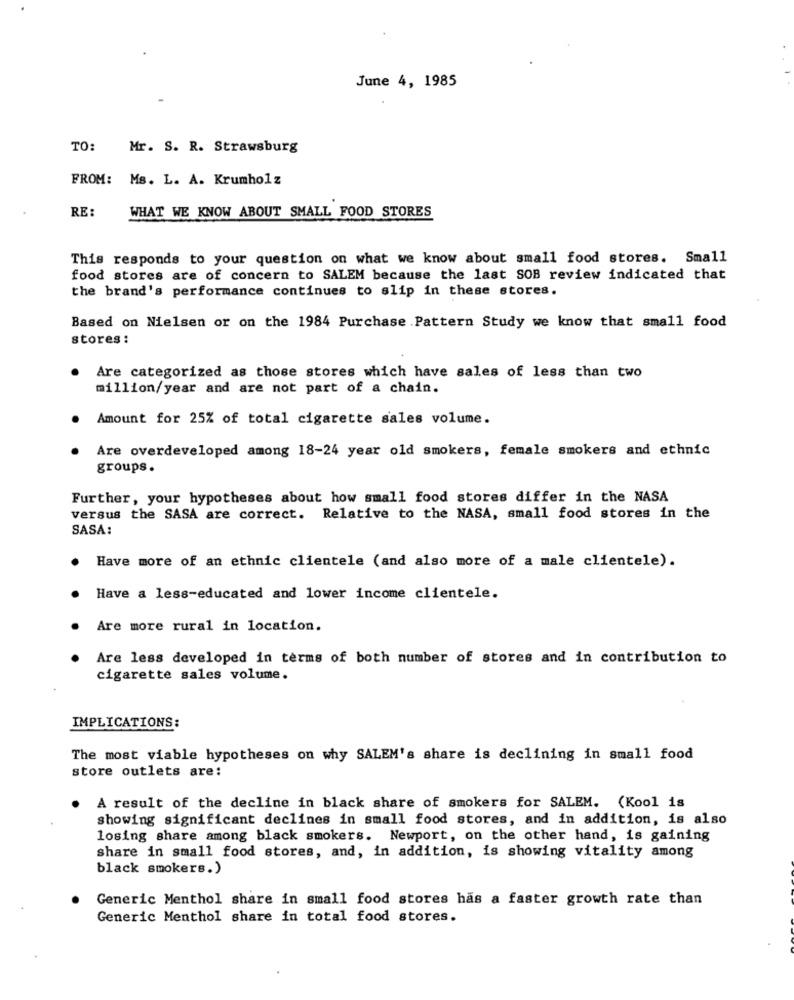
June 4, 1985
TO:
Mr. S. R. Strawsburg
FROM: Ms. L. A. Krumholz
RE:
WHAT WE KNOW ABOUT SMALL FOOD STORES
This responds to your question on what we know about small food stores. Small
food stores are of concern to SALEM because the last SOB review indicated that
the brand's performance continues to slip in these stores.
Based on Nielsen or on the 1984 Purchase Pattern Study we know that small food
stores :
Are categorized as those stores which have sales of less than two
million/year and are not part of a chain.
. Amount for 25% of total cigarette sales volume.
. Are overdeveloped among 18-24 year old smokers, female smokers and ethnic
groups.
Further, your hypotheses about how small food stores differ in the NASA
versus the SASA are correct. Relative to the NASA, small food stores in the
SASA:
Have more of an ethnic clientele (and also more of a male clientele).
Have a less-educated and lower income clientele.
Are more rural in location.
Are less developed in terms of both number of stores and in contribution to
cigarette sales volume.
IMPLICATIONS:
The most viable hypotheses on why SALEM's share is declining in small food
store outlets are:
A result of the decline in black share of smokers for SALEM. (Kool is
showing significant declines in small food stores, and in addition, is also
losing share among black smokers. Newport, on the other hand, is gaining
share in small food stores, and, in addition, is showing vitality among
black smokers.)
Generic Menthol share in small food stores has a faster growth rate than
Generic Menthol share in total food stores.